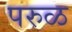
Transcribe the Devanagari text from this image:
परुळ